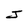
Character: J